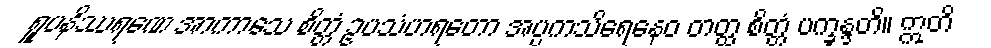
ရူပနိဿရဏေ အာကာသေ စိတ္တံ ဥပသံဟရတော အပ္ပကသိရေနေဝ တတ္ထ စိတ္တံ ပက္ခန္ဒတိ။ ဣတိ